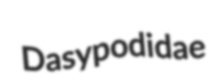
Dasypodidae